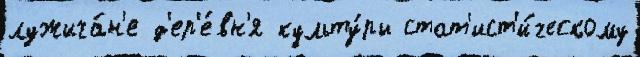
лужича́н'е д'ер'е́вн'я культу́ры стат'ист'и́ческому